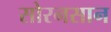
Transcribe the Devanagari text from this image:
सोरनसान